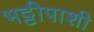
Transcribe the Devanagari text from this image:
भट्टीपाशी